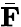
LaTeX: \bar{\mathbf F}